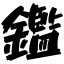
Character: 鑑